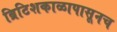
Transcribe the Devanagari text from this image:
ब्रिटिशकाळापासूनच